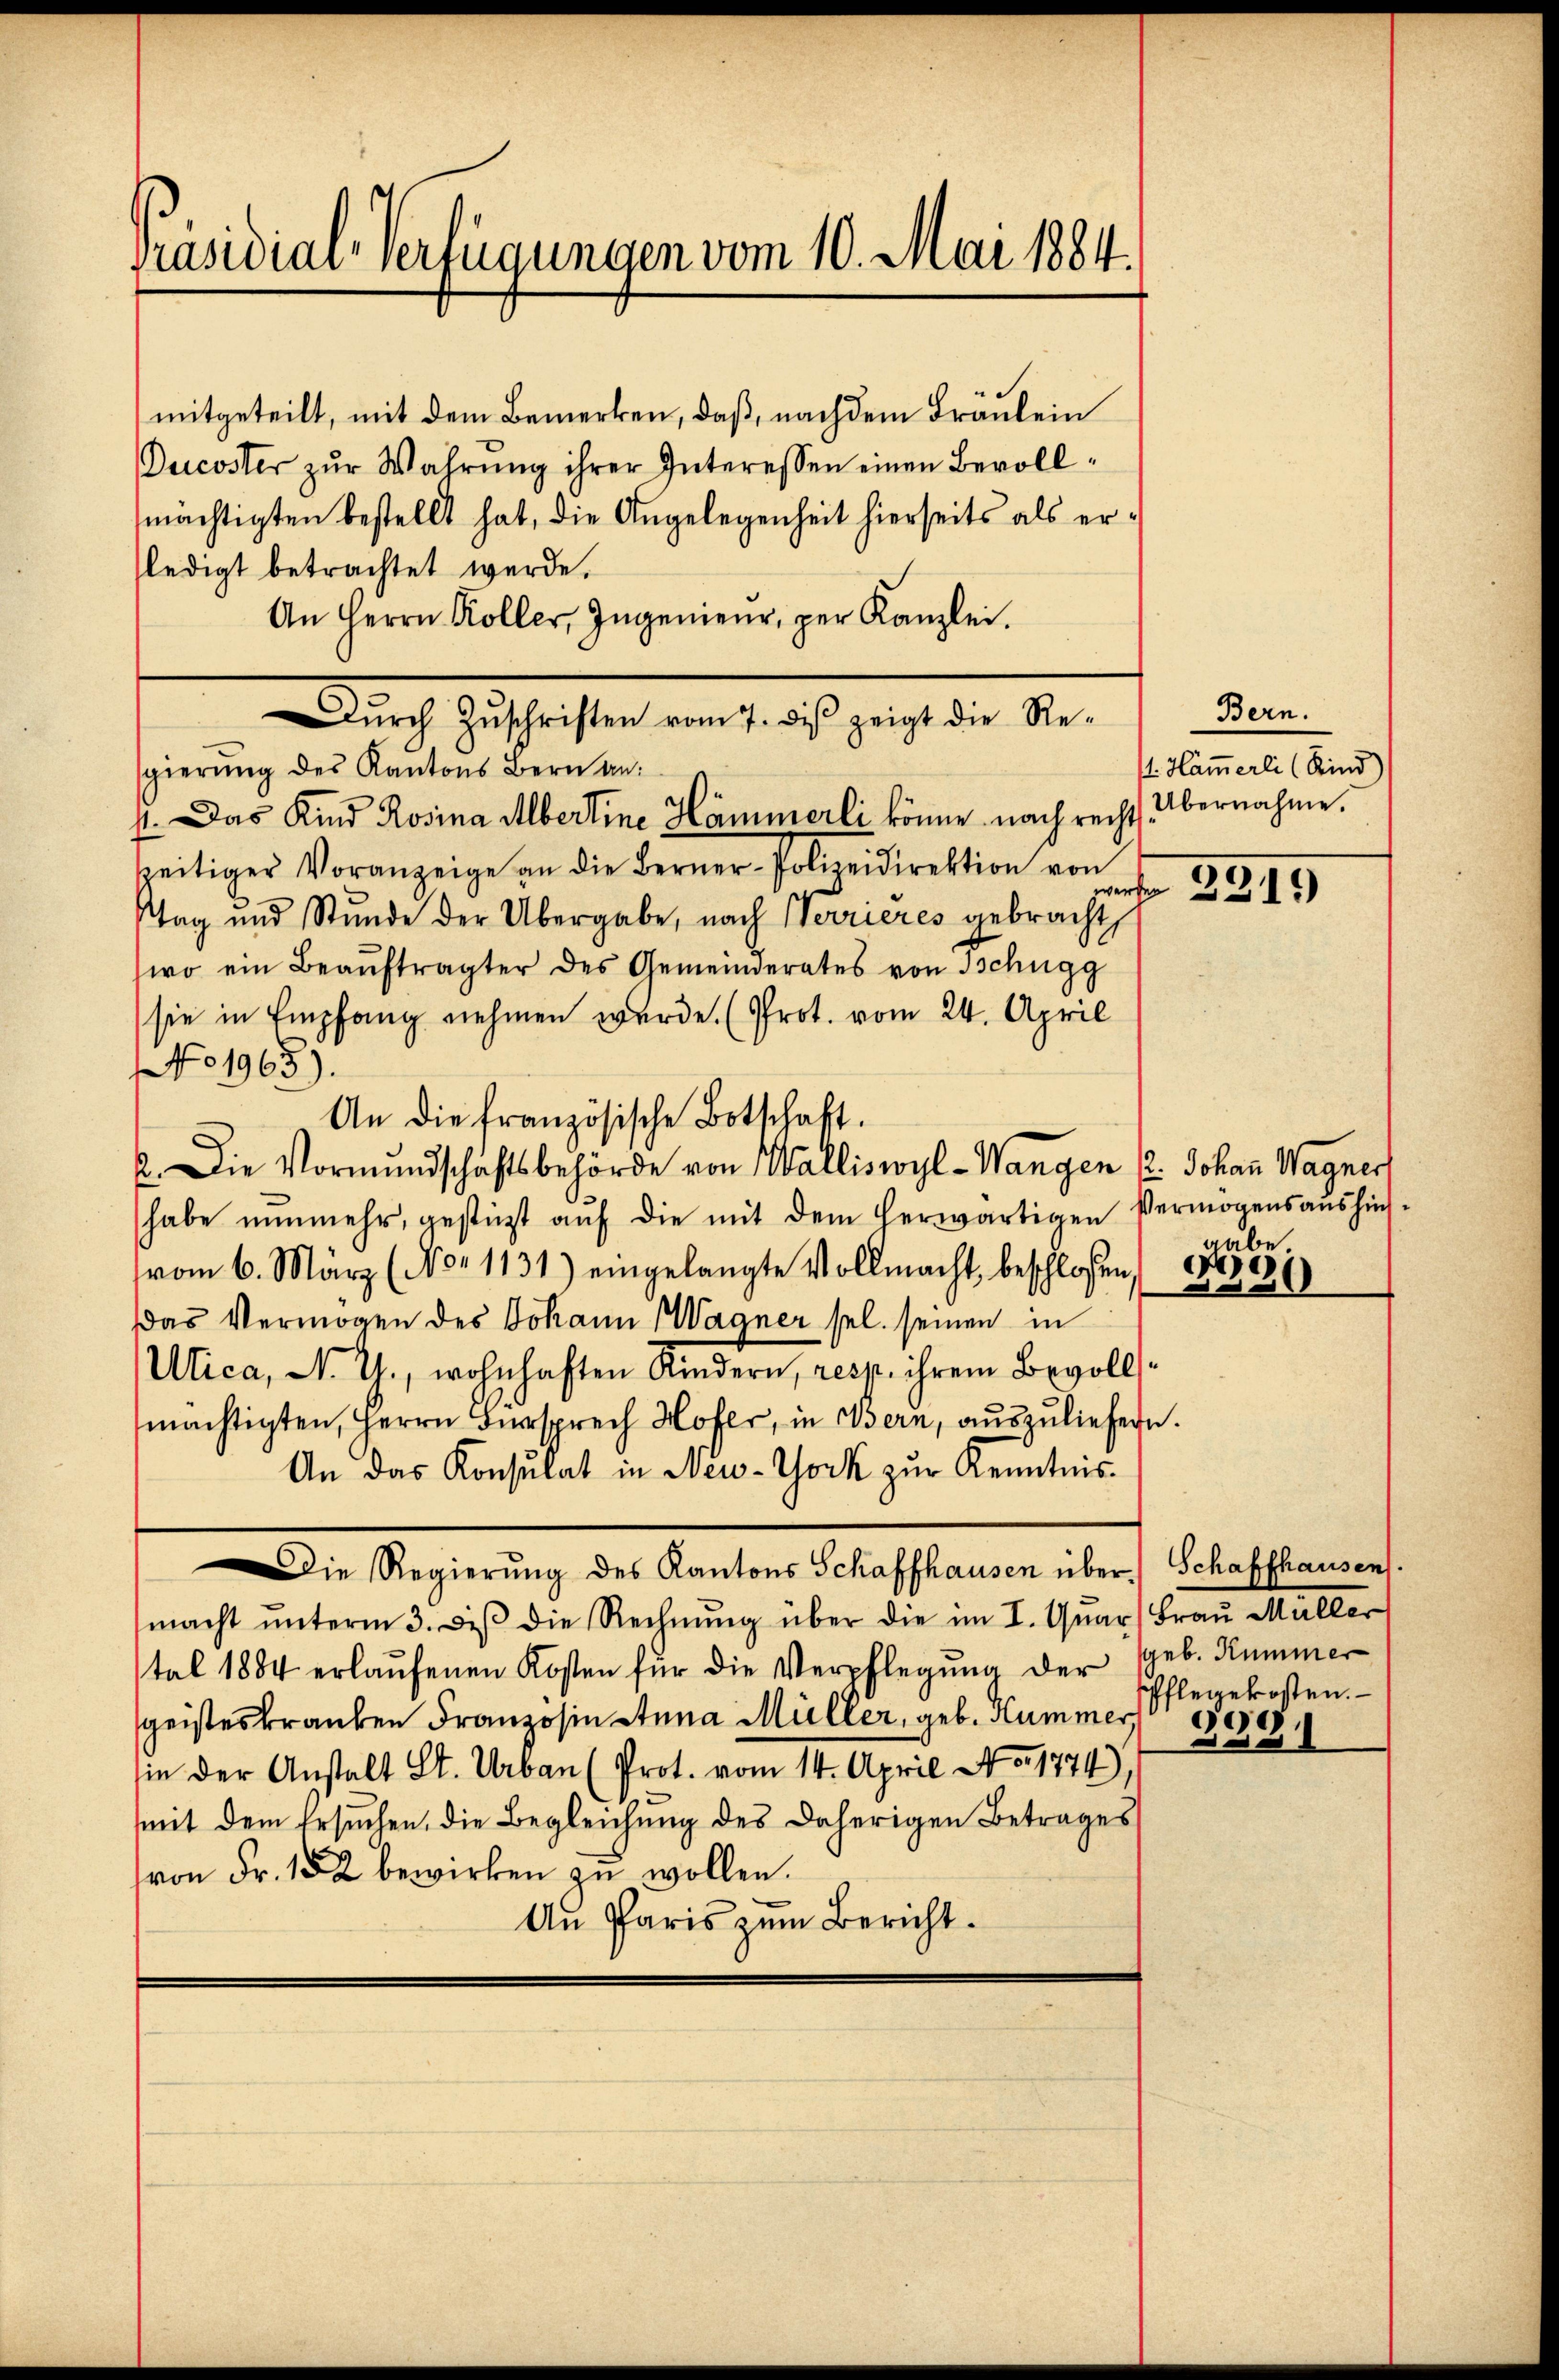
Präsidiar-Verfügungen vom 10. Mai 1884.

mitgeteilt, mit dem Bemerken, daß, nachdem Fräulein
Ducoster zŭr Wahrŭng ihrer Interessen einen Bevoll-
mächtigten bestellt hat, die Angelegenheit hierseits als erledigt betrachtet werde.
An Herrn Koller, Ingenieur, per Kanzlei.
mlich geschriften auch auch geht der Sie
sgierung des Kantons Bern an:
11. Das Kind Rosina Albertine Hämmerli könne nach recht übernahme.
seitiger Voranzeige an die Berner-Polizeidirektion von
Stag und Stŭnde der Übergabe, nach Herrieres gebracht,
wo ein Beaŭftragter des Gemeinderates von Tschugg
sie in Empfang nehmen wurde. (Prot. vom 24. April
No 1965).
An die französische Botschaft.
2. Die Vormundschäftsbehörde von Walliswyl - Wangen (2. Johann Wagner
habe nŭnmehr, gestüzt aŭf die mit dem herwärtigen Vermögensaŭshin-
vom 6. März (Nor 1131) eingelangte Vollmacht, beschlossen, 1882024)
Das Vermögen des Johann Wagner sel. seinen in
Utica, N. G., wohnhaften Kindern, resp. ihrem Bevollsmächtigten, Herrn Fürsprech Hofer, in Bern, aŭszŭliefern.
An das Konsulat in New-York zur Kenntnis¬
Die Regierung des Kantons Schaffhausen über Schaffhausen.
macht ŭnterm 3. diβ die Rechnŭng über die im I. Quar) Frau Müller
tal 1884 erlaŭfenen Kosten für die Verpflegŭng der (geb. Kummer
geisteskranken Franzosin Anna Müller, geb. Hummer 1889
in der Anstalt St. Urban (Prot. vom 14. April No 1774),
mmit dem Ersuchen, die Begleichung des daherigen Betrages
von Fr. 182 bewirken zŭ wollen.
An Paris zum Bericht.

Bern.
t. Hämmerli (Kind)
 2219

gabe.
1)

Pflegekosten.